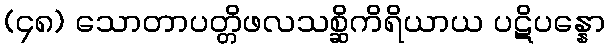
(၄၈) သောတာပတ္တိဖလသစ္ဆိကိရိယာယ ပဋိပန္နော